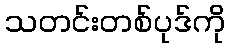
သတင်းတစ်ပုဒ်ကို